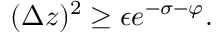
( \Delta z ) ^ { 2 } \ge \epsilon e ^ { - \sigma - \varphi } .